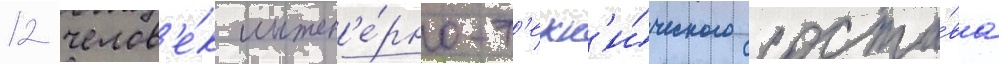
12 челов'е́к инжен'е́рно-т'ехн'и́ческого соста́ва